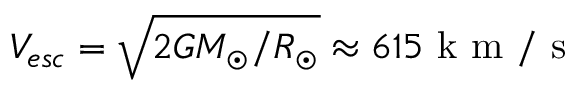
V _ { e s c } = \sqrt { 2 G M _ { \odot } / R _ { \odot } } \approx 6 1 5 \mathrm { ~ k ~ m ~ / ~ s ~ }